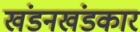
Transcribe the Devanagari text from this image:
खंडनखंडकार